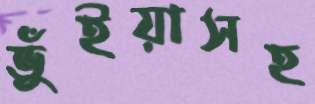
ভুঁইয়াসহ